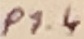
Text: P1.4